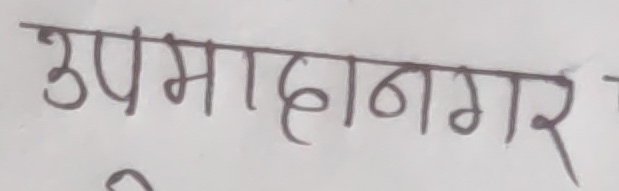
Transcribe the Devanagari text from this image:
उपमादानगर